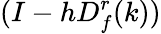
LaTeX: (I-hD_{f}^{r}(k))